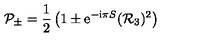
{ \cal P } _ { \pm } = \frac { 1 } { 2 } \left( 1 \pm { \mathrm e } ^ { - { \mathrm i } \pi S } ( { \cal R } _ { 3 } ) ^ { 2 } \right)